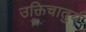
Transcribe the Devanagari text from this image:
उक्तिचातुर्य